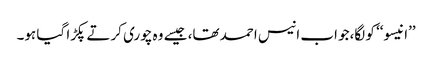
’’انیسو‘‘ کو لگا،جو اب انیس احمد تھا، جیسے وہ چوری کرتے پکڑا گیا ہو۔